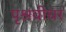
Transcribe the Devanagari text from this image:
पृश्रवीधर